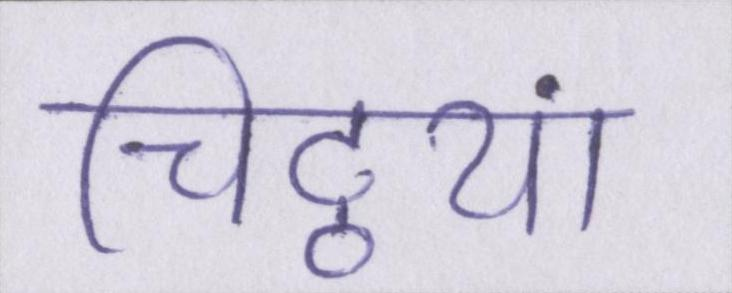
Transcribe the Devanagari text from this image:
चिट्ठयां